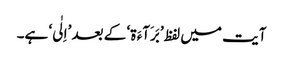
آیت میں لفظ ’بَرَآءَ ۃ‘ کے بعد ’اِلٰی‘ ہے۔